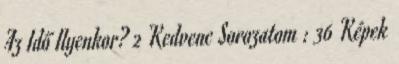
Az Idő Ilyenkor? 2 Kedvenc Sorozatom : 36 Képek